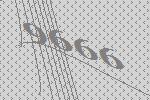
9666